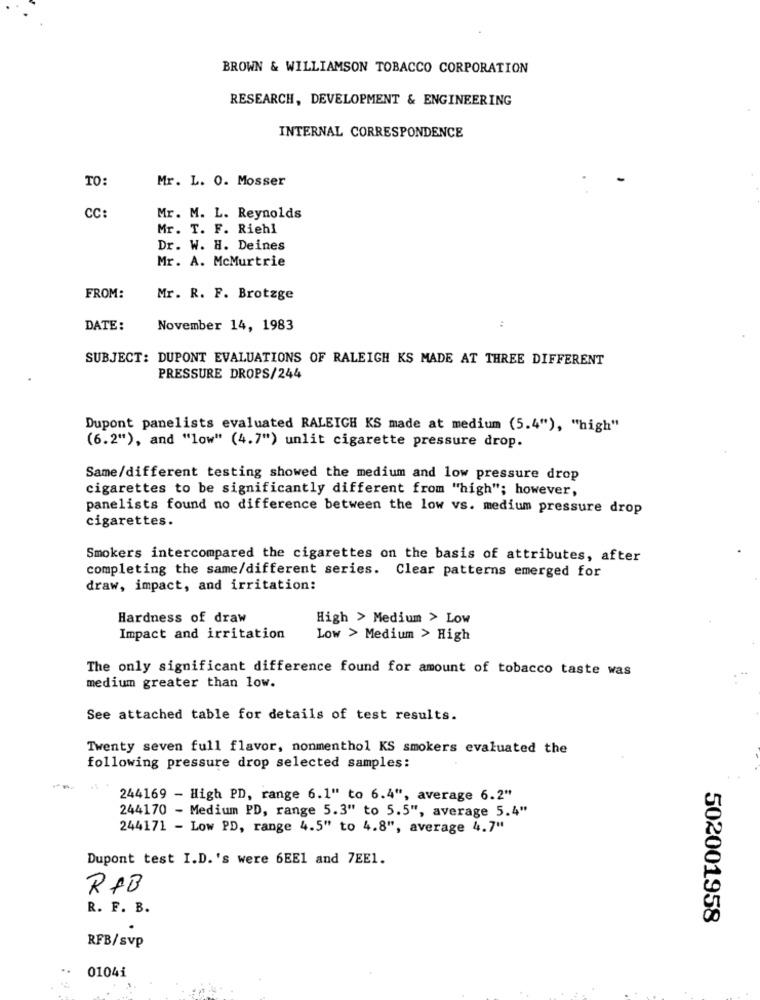
BROWN & WILLIAMSON TOBACCO CORPORATION
RESEARCH, DEVELOPMENT & ENGINEERING
INTERNAL CORRESPONDENCE
TO:
Mr. L. 0. Mosser
CC:
Mr. M. L. Reynolds
Mr. T. F. Riehl
Dr. W. H. Deines
Mr. A. McMurtrie
FROM:
Mr. R. F. Brotzge
DATE:
November 14, 1983
:
SUBJECT: DUPONT EVALUATIONS OF RALEIGH KS MADE AT THREE DIFFERENT
PRESSURE DROPS/244
Dupont panelists evaluated RALEIGH KS made at medium (5.4"), "high"
(6.2"), and "low" (4.7") unlit cigarette pressure drop.
Same/different testing showed the medium and low pressure drop
cigarettes to be significantly different from "high"; however,
panelists found no difference between the low vs. medium pressure drop
cigarettes.
Smokers intercompared the cigarettes on the basis of attributes, after
completing the same/different series. Clear patterns emerged for
draw, impact, and irritation:
Hardness of draw
High > Medium > Low
Impact and irritation
Low > Medium > High
The only significant difference found for amount of tobacco taste was
medium greater than low.
See attached table for details of test results.
Twenty seven full flavor, nonmenthol KS smokers evaluated the
following pressure drop selected samples:
244169 - High PD, range 6.1" to 6.4", average 6.2"
244170 - Medium PD, range 5.3" to 5.5", average 5.4"
244171 - Low PD, range 4.5" to 4.8", average 4.7"
Dupont test I.D.'s were 6EE1 and 7EE1.
RAB
R. F. B.
502001958
RFB/svp
..
01041